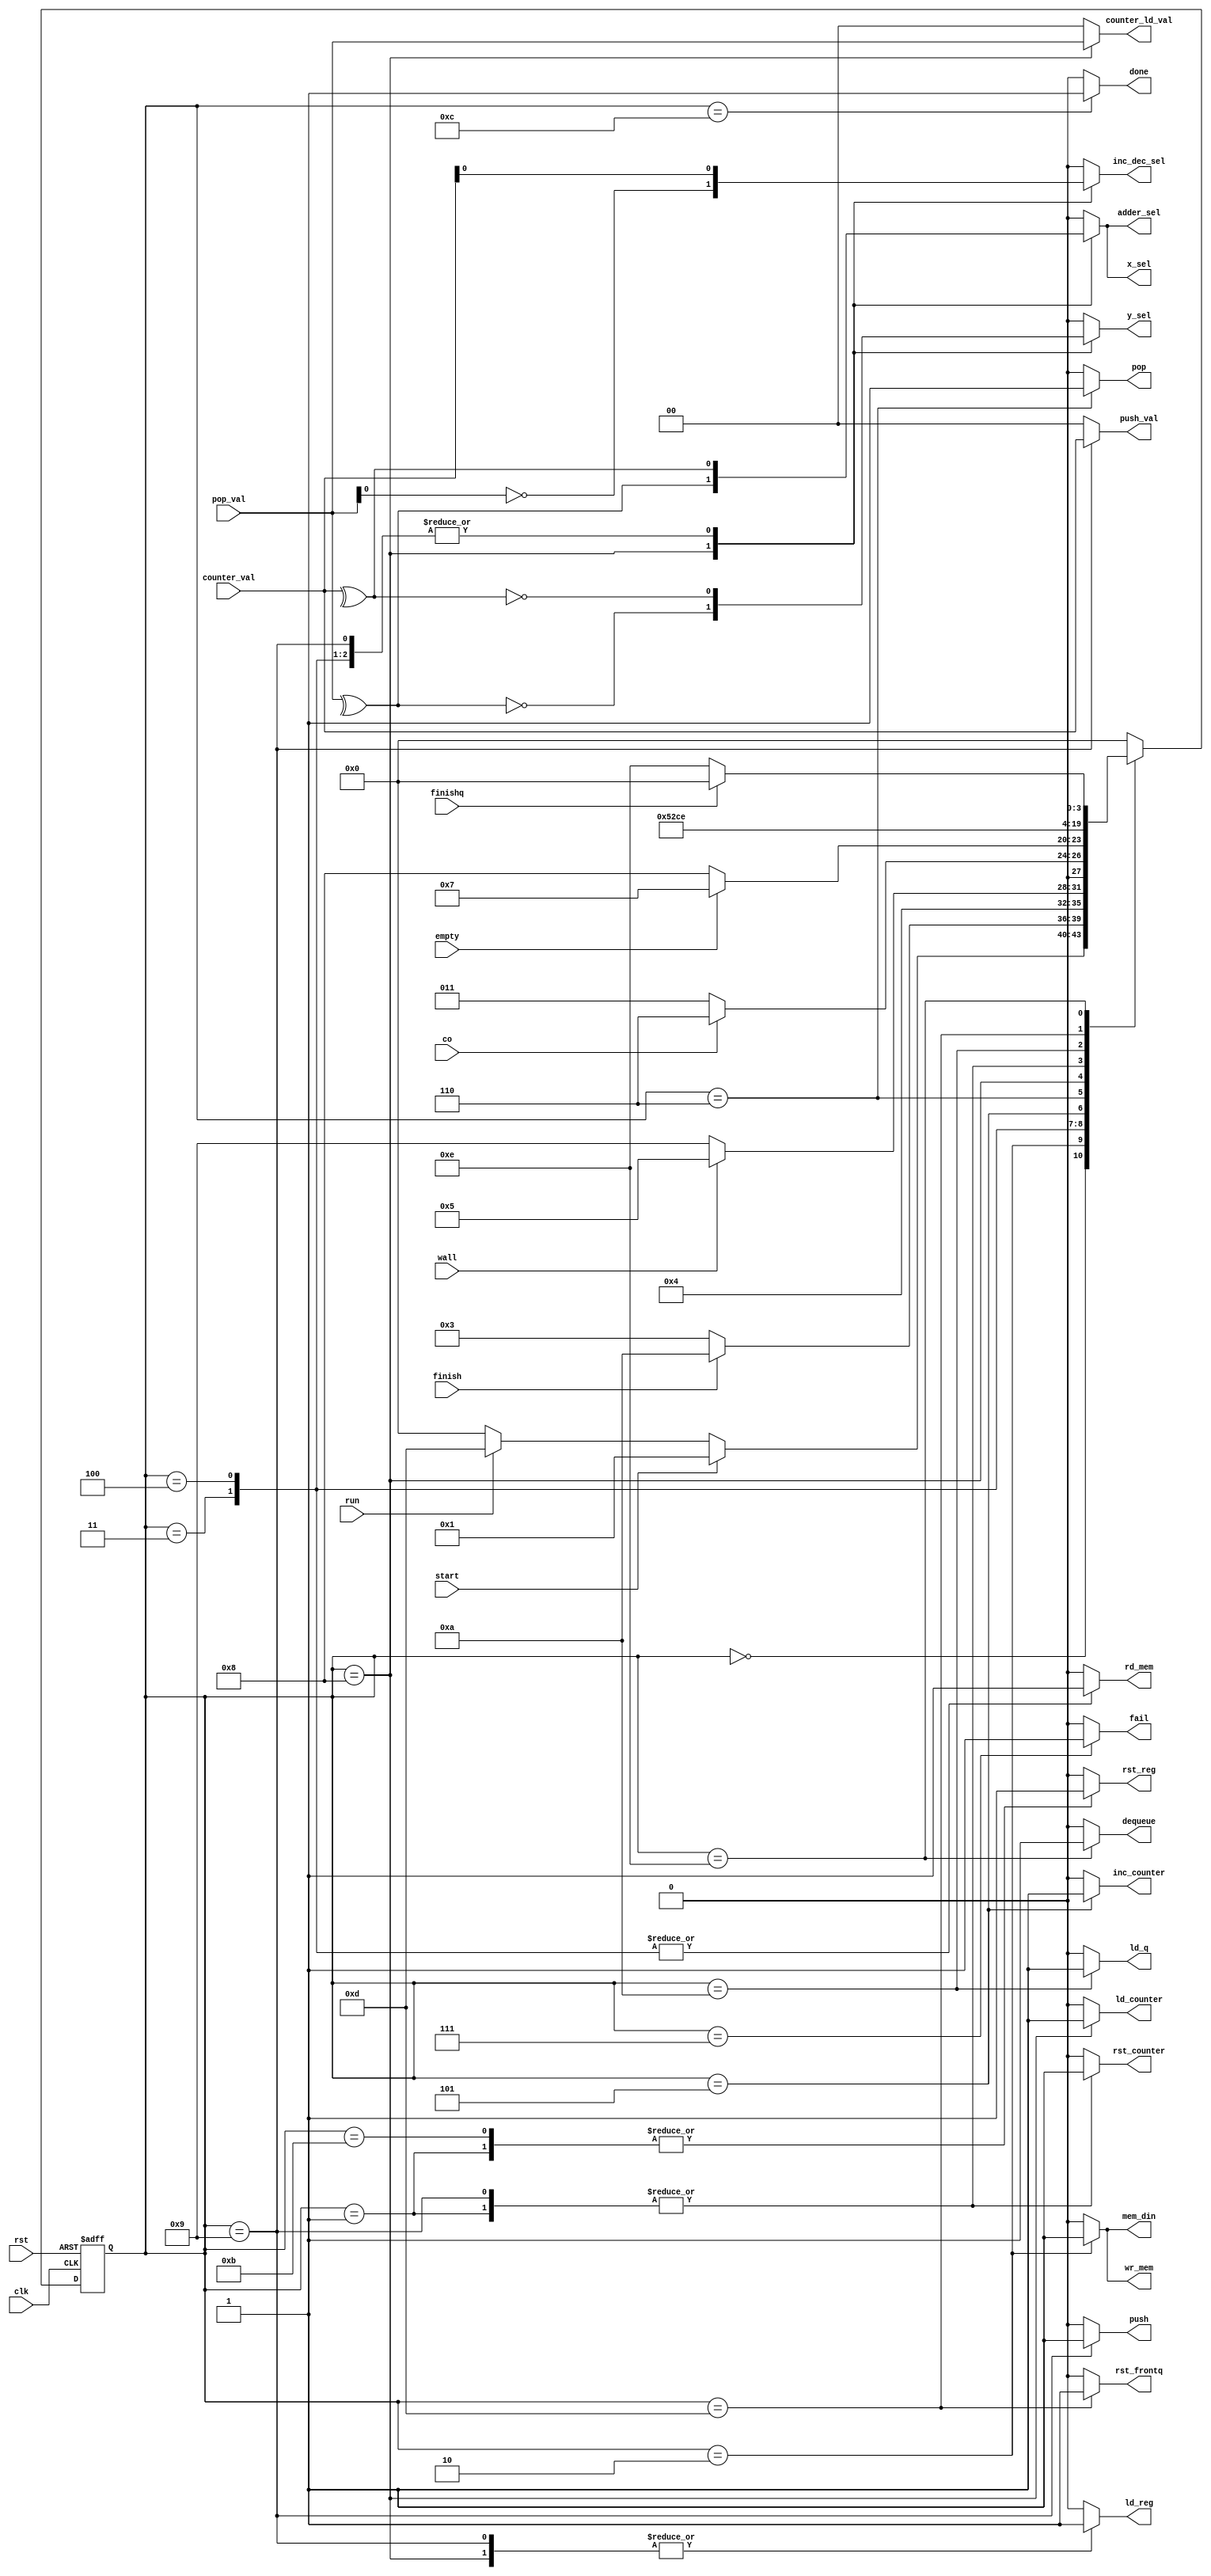
`define S0 4'b0000
`define S1 4'b0001
`define S2 4'b0010
`define S3 4'b0011
`define S4 4'b0100
`define S5 4'b0101
`define S6 4'b0110
`define S7 4'b0111
`define S8 4'b1000
`define S9 4'b1001
`define S10 4'b1010
`define S11 4'b1011
`define S12 4'b1100
`define S13 4'b1101
`define S14 4'b1110
`define S15 4'b1111
module controller (clk, rst, start, run, wall, finish, co, empty, finishq, counter_val, pop_val,
                  rst_reg, rst_counter, rst_frontq, ld_reg, ld_counter, ld_q, inc_counter, adder_sel, inc_dec_sel,
                  x_sel, y_sel, pop, push, dequeue, rd_mem, wr_mem, mem_din, push_val, counter_ld_val, done, fail);
    input clk, rst, start, run, wall, finish, co, empty, finishq; 
    input [1:0] counter_val, pop_val;
    output reg rst_reg, rst_frontq, rst_counter, ld_reg, ld_counter, ld_q, inc_counter, adder_sel, inc_dec_sel, x_sel, y_sel, pop, push, dequeue, rd_mem, wr_mem, mem_din;
    output reg [1:0] push_val, counter_ld_val;
    output reg done, fail;
    assign wall_o = wall;
    reg [3:0] ns, ps;
    always @(posedge clk or posedge rst) begin
        if (rst)
            ps <= `S11;
        else
            ps <= ns;
    end
    always @(ps or start or finish or wall or co or empty or finishq or run) begin
        case (ps)
            `S0: ns = start ? `S1 :
                      run   ? `S13:
                              `S0;
            `S1: ns = `S2;
            `S2: ns = finish ? `S10 : `S3;
            `S3: ns = `S4;  
            `S4: ns =  wall ? `S5 : `S9;
            `S5: ns = co ? `S6 : `S3;
            `S6: ns = empty ? `S7 : `S8;
            `S7: ns = `S0;
            `S8: ns = `S5;
            `S9: ns = `S2;
            `S10: ns = `S12;
            `S11: ns = `S0; 
            `S12: ns = `S0;
            `S13: ns = `S14;
            `S14: ns = finishq ? `S0 : `S14;
            default: ns = `S0;
        endcase
    end
    always @(ps) begin
        {rst_reg, rst_frontq, rst_counter, ld_reg, ld_counter, ld_q, inc_counter,
        x_sel, y_sel, pop, push, dequeue, rd_mem, wr_mem, adder_sel, inc_dec_sel,
        mem_din, push_val, counter_ld_val, done, fail} = 22'b0_000_000_000_000_000_000_000;
        case (ps)
            `S0:;
            `S1: {rst_reg, rst_counter} = 2'b11;
            `S2: {wr_mem, mem_din} = 2'b11;
            `S3: 
                begin
                    adder_sel = ^counter_val;
                    inc_dec_sel = counter_val[0]; 
                    x_sel = adder_sel;
                    y_sel = ~x_sel;
                    rd_mem = 1'b1;
                end
            `S4: 
                begin
                    adder_sel = ^counter_val;
                    inc_dec_sel = counter_val[0]; 
                    x_sel = adder_sel;
                    y_sel = ~x_sel;
                    rd_mem = 1'b1;
                end
            `S5: inc_counter = 1'b1;
            `S6: pop = 1'b1;
            `S7: fail = 1'b1;
            `S8: 
                begin
                    adder_sel = ^pop_val;
                    inc_dec_sel = ~pop_val[0];
                    x_sel = adder_sel;
                    y_sel = ~x_sel;
                    ld_counter = 1;
                    ld_reg = 1;
                    counter_ld_val = pop_val;
                 end
            `S9:
                begin
                    adder_sel = ^counter_val;
                    inc_dec_sel = counter_val[0]; 
                    x_sel = adder_sel;
                    y_sel = ~x_sel;
                    ld_reg = 1'b1;
                    push = 1;
                    push_val = counter_val;
                    rst_counter = 1'b1;
                end
            `S10: ld_q = 1'b1;
            `S11: rst_reg = 1'b1;
            `S12: done = 1'b1;
            `S13: rst_frontq = 1'b1;
            `S14: dequeue = 1'b1;
            default:;
        endcase
    end
    // always @(ps) begin
    //      $display("ps: %d", ps);
    // end
endmodule